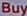
Buy